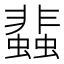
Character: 𧓊